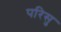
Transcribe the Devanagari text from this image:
परिसु